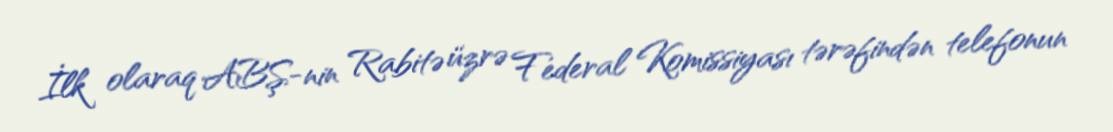
İlk olaraq ABŞ-nin Rabitə üzrə Federal Komissiyası tərəfindən telefonun